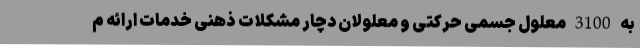
به 3100 معلول جسمی حرکتی و معلولان دچار مشکلات ذهنی خدمات ارائه م